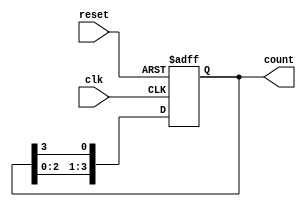
module ring_counter (
    input wire clk,            // Clock input
    input wire reset,          // Asynchronous reset input
    output reg [3:0] count     // 4-bit output representing the counter
);

// Initial state of the counter
initial begin
    count = 4'b1000; // Set initial state: 1000
end

// Always block to handle the clock and reset
always @(posedge clk or posedge reset) begin
    if (reset) begin
        count <= 4'b1000; // Reset to initial state
    end else begin
        // Shift the '1' to the next position
        count <= {count[2:0], count[3]}; // Rotate left by one position
    end
end

endmodule